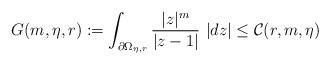
LaTeX: \begin{align*} G(m,\eta,r) := \int_{\partial\Omega_{\eta,r}} \frac{|z|^{m}}{ |z-1|} \ |dz| \leq \mathcal{C}(r,m,\eta)\end{align*}